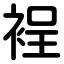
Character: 裎